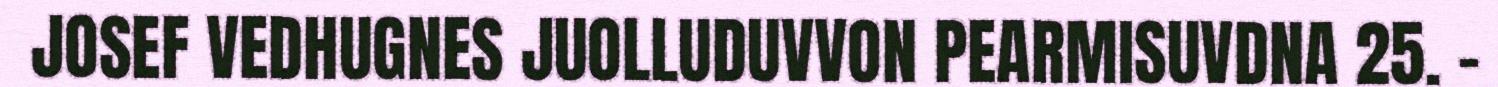
JOSEF VEDHUGNES JUOLLUDUVVON PEARMISUVDNA 25. -